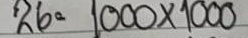
26 = 1000 x 1000